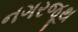
નગરજૂથ